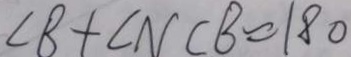
\angle B + \angle N C B = 1 8 0